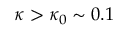
\kappa > \kappa _ { 0 } \sim 0 . 1